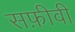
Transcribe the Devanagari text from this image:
सफ़ीवी